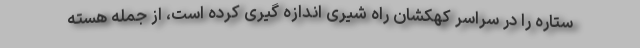
ستاره را در سراسر کهکشان راه شیری اندازه گیری کرده است، از جمله هسته